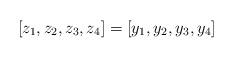
LaTeX: \begin{align*}[z_1, z_2, z_3, z_4] = [y_1, y_2, y_3, y_4]\end{align*}